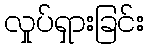
လှုပ်ရှားခြင်း